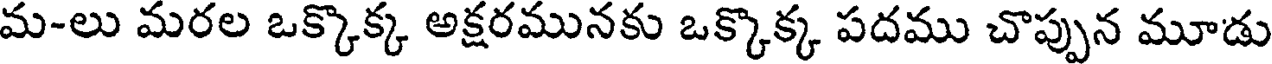
మ-లు మరల ఒక్కొక్క అక్షరమునకు ఒక్కొక్క పదము చొప్పున మూడు